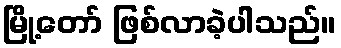
မြို့တော် ဖြစ်လာခဲ့ပါသည်။